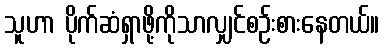
သူဟာ ပိုက်ဆံရှာဖို့ကိုသာလျှင်စဉ်းစားနေတယ်။